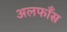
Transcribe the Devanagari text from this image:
अलफाँस